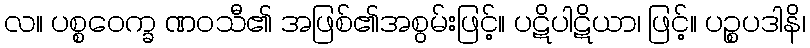
လ။ ပစ္စဝေက္ခ ဏဝသီ၏ အဖြစ်၏အစွမ်းဖြင့်။ ပဋိပါဋိယာ၊ ဖြင့်။ ပဉ္စပဒါနိ၊